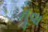
નૂવા